Calcutta medical institutions reports 1892-1900
Year: 1892
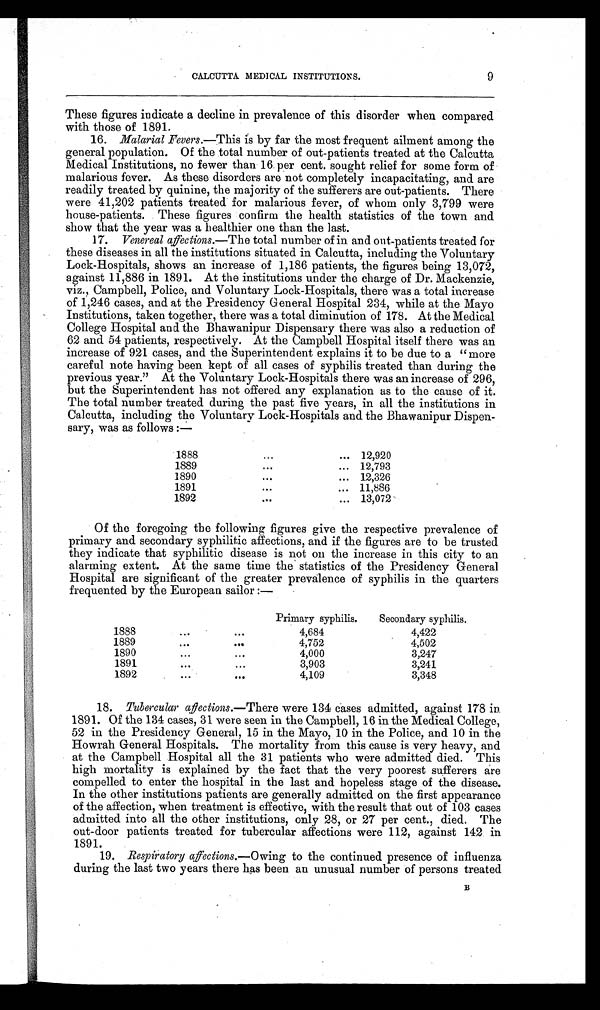
9
CALCUTTA MEDICAL INSTITUTIONS.
These figures indicate a decline in prevalence of this disorder when compared
with those of 1891.
16. Malarial Fevers.—This is by far the most frequent ailment among the
general population. Of the total number of out-patients treated at the Calcutta
Medical Institutions, no fewer than 16 per cent. sought relief for some form of
malarious fever. As these disorders are not completely incapacitating, and are
readily treated by quinine, the majority of the sufferers are out-patients. There
were 41,202 patients treated for malarious fever, of whom only 3,799 were
house-patients. These figures confirm the health statistics of the town and
show that the year was a healthier one than the last.
17. Venereal affections. —The total number of in and out-patients treated for
these diseases in all the institutions situated in Calcutta, including the Voluntary
Lock-Hospitals, shows an increase of 1,186 patients, the figures being 13,072,
against 11,886 in 1891. At the institutions under the charge of Dr. Mackenzie,
viz., Campbell, Police, and Voluntary Lock-Hospitals, there was a total increase
of 1,246 cases, and at the Presidency General Hospital 234, while at the Mayo
Institutions, taken together, there was a total diminution of 178. At the Medical
College Hospital and the Bhawanipur Dispensary there was also a reduction of
62 and 54 patients, respectively. At the Campbell Hospital itself there was an
increase of 921 cases, and the Superintendent explains it to be due to a " more
careful note having been kept of all cases of syphilis treated than during the
previous year." At the Voluntary Lock-Hospitals there was an increase of 296,
but the Superintendent has not offered any explanation as to the cause of it.
The total number treated during the past five years, in all the institutions in
Calcutta, including the Voluntary Lock-Hospitals and the Bhawanipur Dispen-
sary, was as follows :—
1888
...
... 12,920
1889
. . .
... 12,793
1890
. . .
...
12,326
1891
...
... 11,886
1892
. . .
... 13,072
Of the foregoing the following figures give the respective prevalence of
primary and secondary syphilitic affections, and if the figures are to be trusted
they indicate that syphilitic disease is not on the increase in this city to an
alarming extent. At the same time the statistics of the Presidency General
Hospital are significant of the greater prevalence of syphilis in the quarters
frequented by the European sailor :—
Primary syphilis.
Secondary syphilis.
1888
...
. . .
4,684
4,422
1889
. . .
. . .
4,752
4,502
1890
. . .
. . .
4,000
3,247
1891
. . .
...
3,903
3,241
1892
. . .
. . .
4,109
3,348
18. Tubercular affections.—There were 134 cases admitted, against 178 in
1891. Of the 134 cases, 31 were seen in the Campbell, 16 in the Medical College,
52 in the Presidency General, 15 in the Mayo, 10 in the Police, and 10 in the
Howrah General Hospitals. The mortality from this cause is very heavy, and
at the Campbell Hospital all the 31 patients who were admitted died. This
high mortality is explained by the fact that the very poorest sufferers are
compelled to enter the hospital in the last and hopeless stage of the disease.
In the other institutions patients are generally admitted on the first appearance
of the affection, when treatment is effective, with the result that out of 103 cases
admitted into all the other institutions, only 28, or 27 per cent., died. The
out-door patients treated for tubercular affections were 112, against 142 in
1891.
19. Respiratory affections.—O wing to the continued presence of influenza
during the last two years there has been an unusual number of persons treated
B